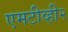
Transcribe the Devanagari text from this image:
एमटीव्ही२